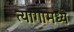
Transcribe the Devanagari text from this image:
त्यागामध्ये